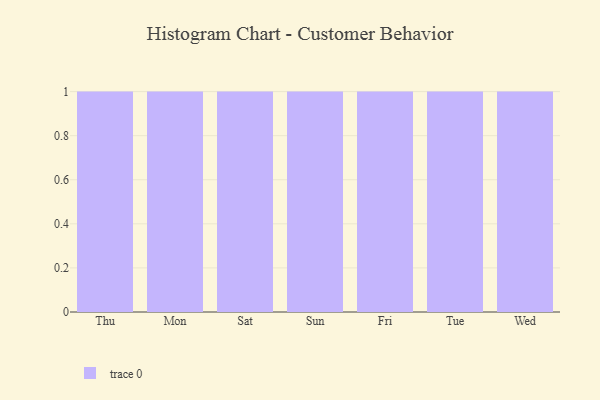
{"axis": {"x": "Day", "y": "Latency (ms)"}, "legend": [""], "data": [{"x": "Thu", "y": 89, "type": ""}, {"x": "Mon", "y": 83, "type": ""}, {"x": "Sat", "y": 67, "type": ""}, {"x": "Sun", "y": 51, "type": ""}, {"x": "Fri", "y": 42, "type": ""}, {"x": "Tue", "y": 36, "type": ""}, {"x": "Wed", "y": 89, "type": ""}]}